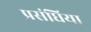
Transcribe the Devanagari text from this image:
प्रसंघिया